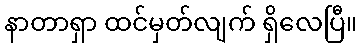
နာတာရှာ ထင်မှတ်လျက် ရှိလေပြီ။